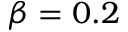
\beta = 0 . 2